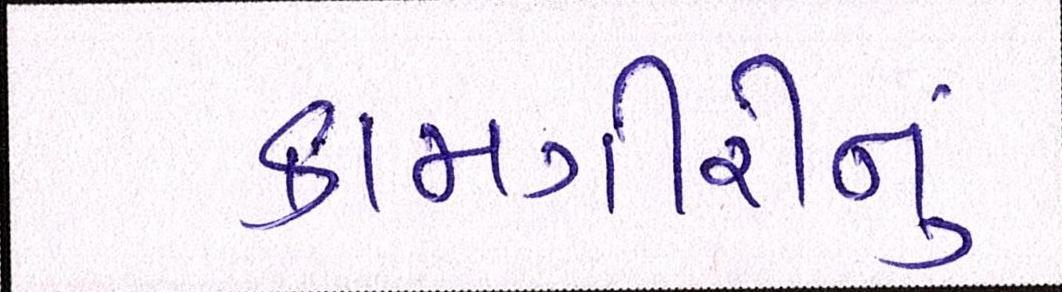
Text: કામગીરીનું